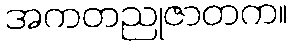
အကတညုဇာတက။